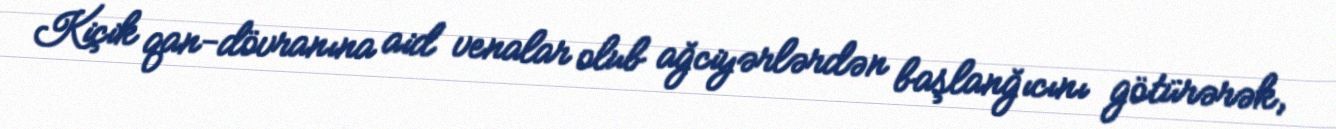
Kiçik qan-dövranına aid venalar olub ağciyərlərdən başlanğıcını götürərək,